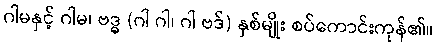
ဂါမနှင့် ဂါမ၊ ဗဒ္ဓ (ဂါ ဂါ၊ ဂါ ဗဒ်) နှစ်မျိုး စပ်ကောင်းကုန်၏။